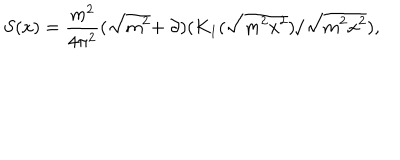
LaTeX: S ( x ) = \frac { m ^ { 2 } } { 4 \pi ^ { 2 } } ( \sqrt { m ^ { 2 } } + \! \not \! \partial ) ( K _ { 1 } ( \sqrt { m ^ { 2 } x ^ { 2 } } ) / \sqrt { m ^ { 2 } x ^ { 2 } } ) ,